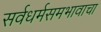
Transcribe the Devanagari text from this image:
सर्वधर्मसमभावाचा